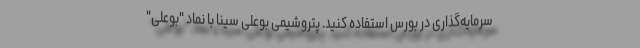
سرمایه‌گذاری در بورس استفاده کنید. پتروشیمی بوعلی سینا با نماد "بوعلی"